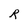
Character: R